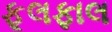
ફૂલફાલ